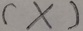
( \times )